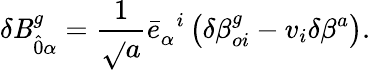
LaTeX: \delta\mathit{B}_{\hat{{0}}\alpha}^{g}=\frac{{1}}{{\sqrt{}{{a}}}}{\bar{{e}}}_{\alpha}^{\; \; i}\left(\delta{\beta}_{oi}^{g}-v_{i}\delta\beta^{a}\right).